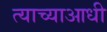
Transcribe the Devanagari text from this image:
त्याच्याआधी